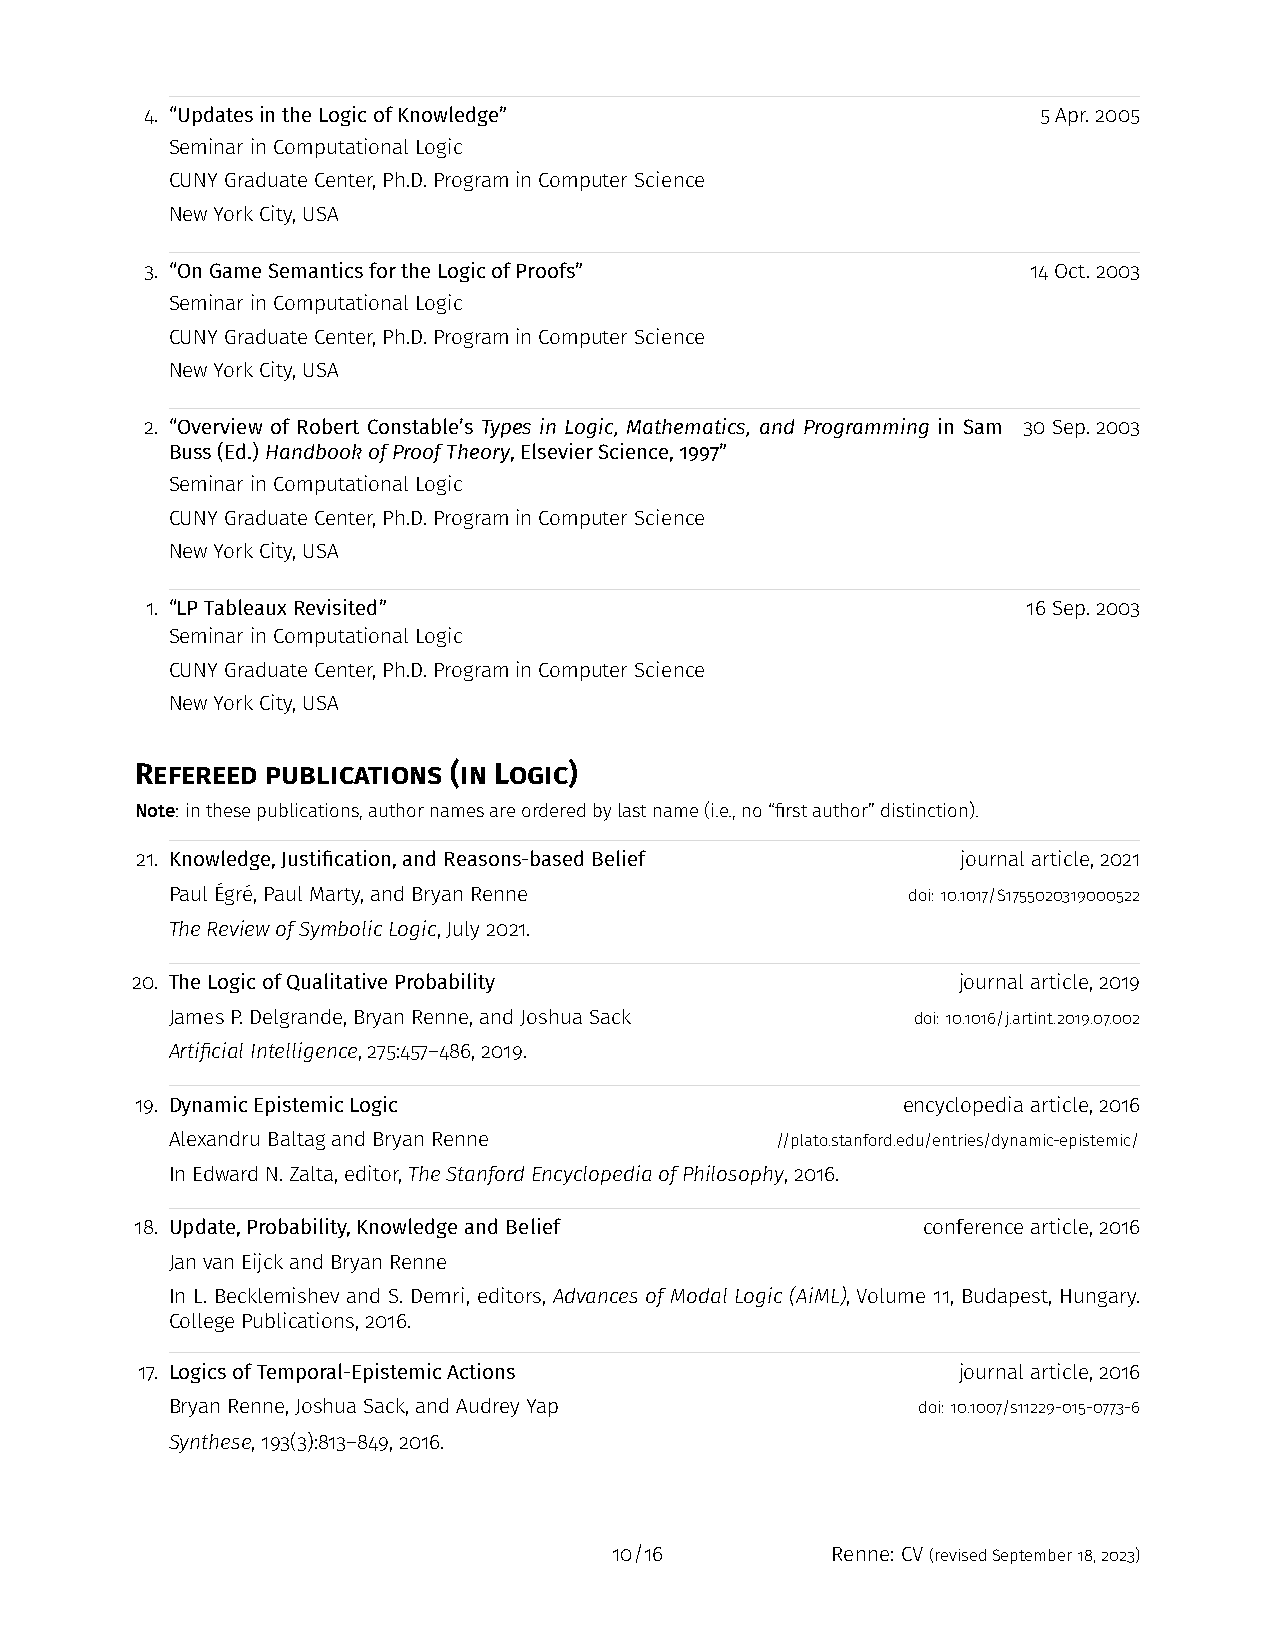
4. “UpdatesintheLogicofKnowledge”                          5Apr.2005
 SeminarinComputationalLogic
 CUNYGraduateCenter,Ph.D.PrograminComputerScience
 NewYorkCity,USA
 3. “OnGameSemanticsfortheLogicofProofs”                   14Oct.2003
 SeminarinComputationalLogic
 CUNYGraduateCenter,Ph.D.PrograminComputerScience
 NewYorkCity,USA
 2. “Overview of Robert Constable’s Types in Logic, Mathematics, and Programming in Sam 30Sep.2003
 Buss(Ed.) HandbookofProofTheory,ElsevierScience,1997”
 SeminarinComputationalLogic
 CUNYGraduateCenter,Ph.D.PrograminComputerScience
 NewYorkCity,USA
 1. “LPTableauxRevisited”                                  16Sep.2003
 SeminarinComputationalLogic
 CUNYGraduateCenter,Ph.D.PrograminComputerScience
 NewYorkCity,USA
 Refereed publications (in Logic)
 Note:inthesepublications,authornamesareorderedbylastname(i.e.,no“firstauthor”distinction).
 21. Knowledge,Justification,andReasons-basedBelief     journalarticle,2021
 PaulÉgré,PaulMarty,andBryanRenne                 doi:10.1017/S1755020319000522
 TheReviewofSymbolicLogic,July2021.
 20. TheLogicofQualitativeProbability                  journalarticle,2019
 JamesP.Delgrande,BryanRenne,andJoshuaSack         doi:10.1016/j.artint.2019.07.002
 ArtificialIntelligence,275:457–486,2019.
 19. DynamicEpistemicLogic                          encyclopediaarticle,2016
 AlexandruBaltagandBryanRenne            //plato.stanford.edu/entries/dynamic-epistemic/
 InEdwardN.Zalta,editor,TheStanfordEncyclopediaofPhilosophy,2016.
 18. Update,Probability,KnowledgeandBelief           conferencearticle,2016
 JanvanEijckandBryanRenne
 In L. Becklemishev and S. Demri, editors, Advances of Modal Logic (AiML), Volume 11, Budapest, Hungary.
 CollegePublications,2016.
 17. LogicsofTemporal-EpistemicActions                 journalarticle,2016
 BryanRenne,JoshuaSack,andAudreyYap                doi:10.1007/s11229-015-0773-6
 Synthese,193(3):813–849,2016.
 10/16         Renne: CV(revisedSeptember18,2023)